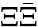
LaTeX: \Xi\bar{\Xi}